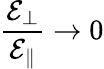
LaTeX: \frac{\mathcal{E}_{\bot}}{\mathcal{E}_{\| }}\rightarrow 0